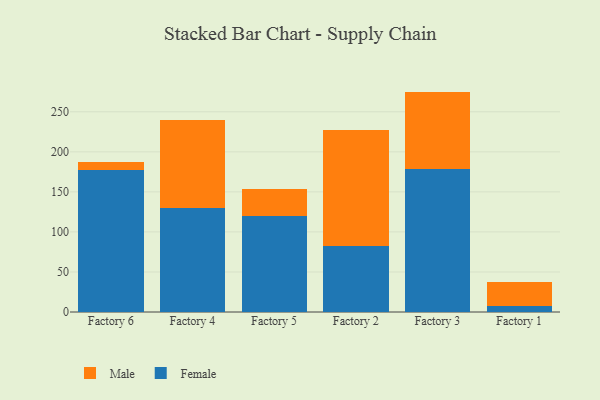
{"axis": {"x": "Factory", "y": "Bounce Rate (%)"}, "legend": ["Female", "Male"], "data": [{"x": "Factory 6", "y": 176.8, "type": "Female"}, {"x": "Factory 6", "y": 10.5, "type": "Male"}, {"x": "Factory 4", "y": 129.6, "type": "Female"}, {"x": "Factory 4", "y": 110.4, "type": "Male"}, {"x": "Factory 5", "y": 119.8, "type": "Female"}, {"x": "Factory 5", "y": 33.9, "type": "Male"}, {"x": "Factory 2", "y": 82.9, "type": "Female"}, {"x": "Factory 2", "y": 144.3, "type": "Male"}, {"x": "Factory 3", "y": 178.9, "type": "Female"}, {"x": "Factory 3", "y": 96.3, "type": "Male"}, {"x": "Factory 1", "y": 7.6, "type": "Female"}, {"x": "Factory 1", "y": 30.2, "type": "Male"}]}